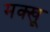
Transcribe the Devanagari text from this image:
मक्खू